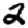
Digit: 2